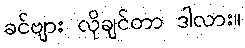
ခင်ဗျား လိုချင်တာ ဒါလား။